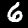
Label: 6